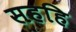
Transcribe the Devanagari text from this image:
सहहि